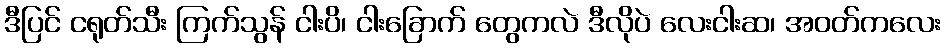
ဒီပြင် ငရုတ်သီး ကြက်သွန် ငါးပိ၊ ငါးခြောက် တွေကလဲ ဒီလိုပဲ လေးငါးဆ၊ အဝတ်ကလေး